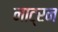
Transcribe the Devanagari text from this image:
नाट्रन